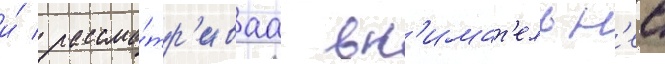
и́ / рассма́тр'иваа вн'имат'ельн'ее